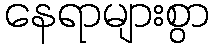
နေရာများစွာ